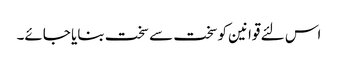
اس لئے قوانین کوسخت سے سخت بنایا جائے۔